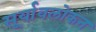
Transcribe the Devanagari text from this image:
सूर्यावलोकन